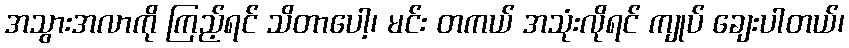
အသွားအလာကို ကြည့်ရင် သိတာပေါ့၊ မင်း တကယ် အသုံးလိုရင် ကျုပ် ချေးပါတယ်၊